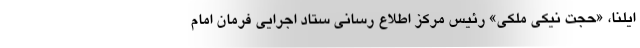
ایلنا، «حجت نیکی ملکی» رئیس مرکز اطلاع رسانی ستاد اجرایی فرمان امام